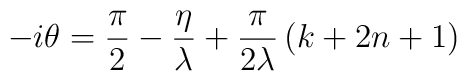
-i\theta =\frac{\pi }{2}-\frac{\eta }{\lambda }+\frac{\pi }{2\lambda }\left( k+2n+1\right)